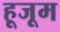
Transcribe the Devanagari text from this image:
हूजूम